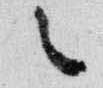
々